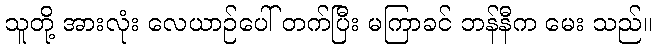
သူတို့ အားလုံး လေယာဉ်ပေါ် တက်ပြီး မကြာခင် ဘန်နီက မေး သည်။